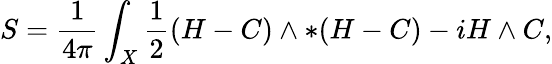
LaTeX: S=\frac{1}{4\pi}\int_{X}\frac{1}{2}(H-C)\wedge*(H-C)-iH\wedge C,